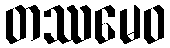
တဿမေဝ